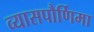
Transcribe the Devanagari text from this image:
व्यासपौर्णिमा